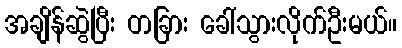
အချိန်ဆွဲပြီး တခြား ခေါ်သွားလိုက်ဦးမယ်။